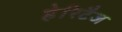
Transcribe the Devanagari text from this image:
हेरिटैज